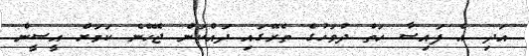
އަދި އެ ފައިސާ ހަތް ދުވަހުގެ ތެރޭގައި ދައްކަން ޖެހޭނެ ކަމަށް އީސީން